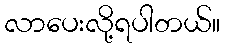
လာပေးလို့ရပါတယ်။